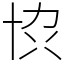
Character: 𫝓